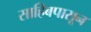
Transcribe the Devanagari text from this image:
साहिबपासून